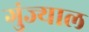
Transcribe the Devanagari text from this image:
गुंज्याल